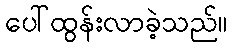
ပေါ်ထွန်းလာခဲ့သည်။